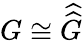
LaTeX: G\cong{\widehat{\widehat{G}}}